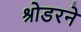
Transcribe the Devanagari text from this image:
श्रोडरने